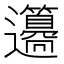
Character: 𨙢